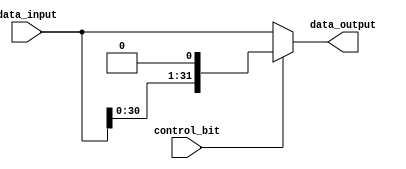
module my_1bit_leftshifter(data_input, control_bit, data_output);

	input [31:0] data_input;
	input control_bit;
	
	wire [31:0] shifted;
	
	output [31:0] data_output;
	
	
	genvar k;
	generate
	for(k = 31; k > 0; k = k-1) begin: my1ShiftLoop
		assign shifted[k] = data_input[k-1];
    end
	endgenerate
    
    assign shifted[0] = 1'b0;
	
	assign data_output = control_bit ? shifted : data_input;
	
	
	
endmodule